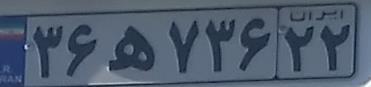
۳۶ه۷۳۶۲۲